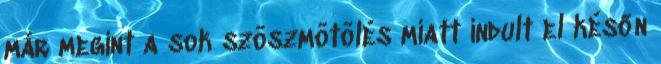
már megint a sok szöszmötölés miatt indult el későn